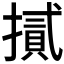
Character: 𢴧